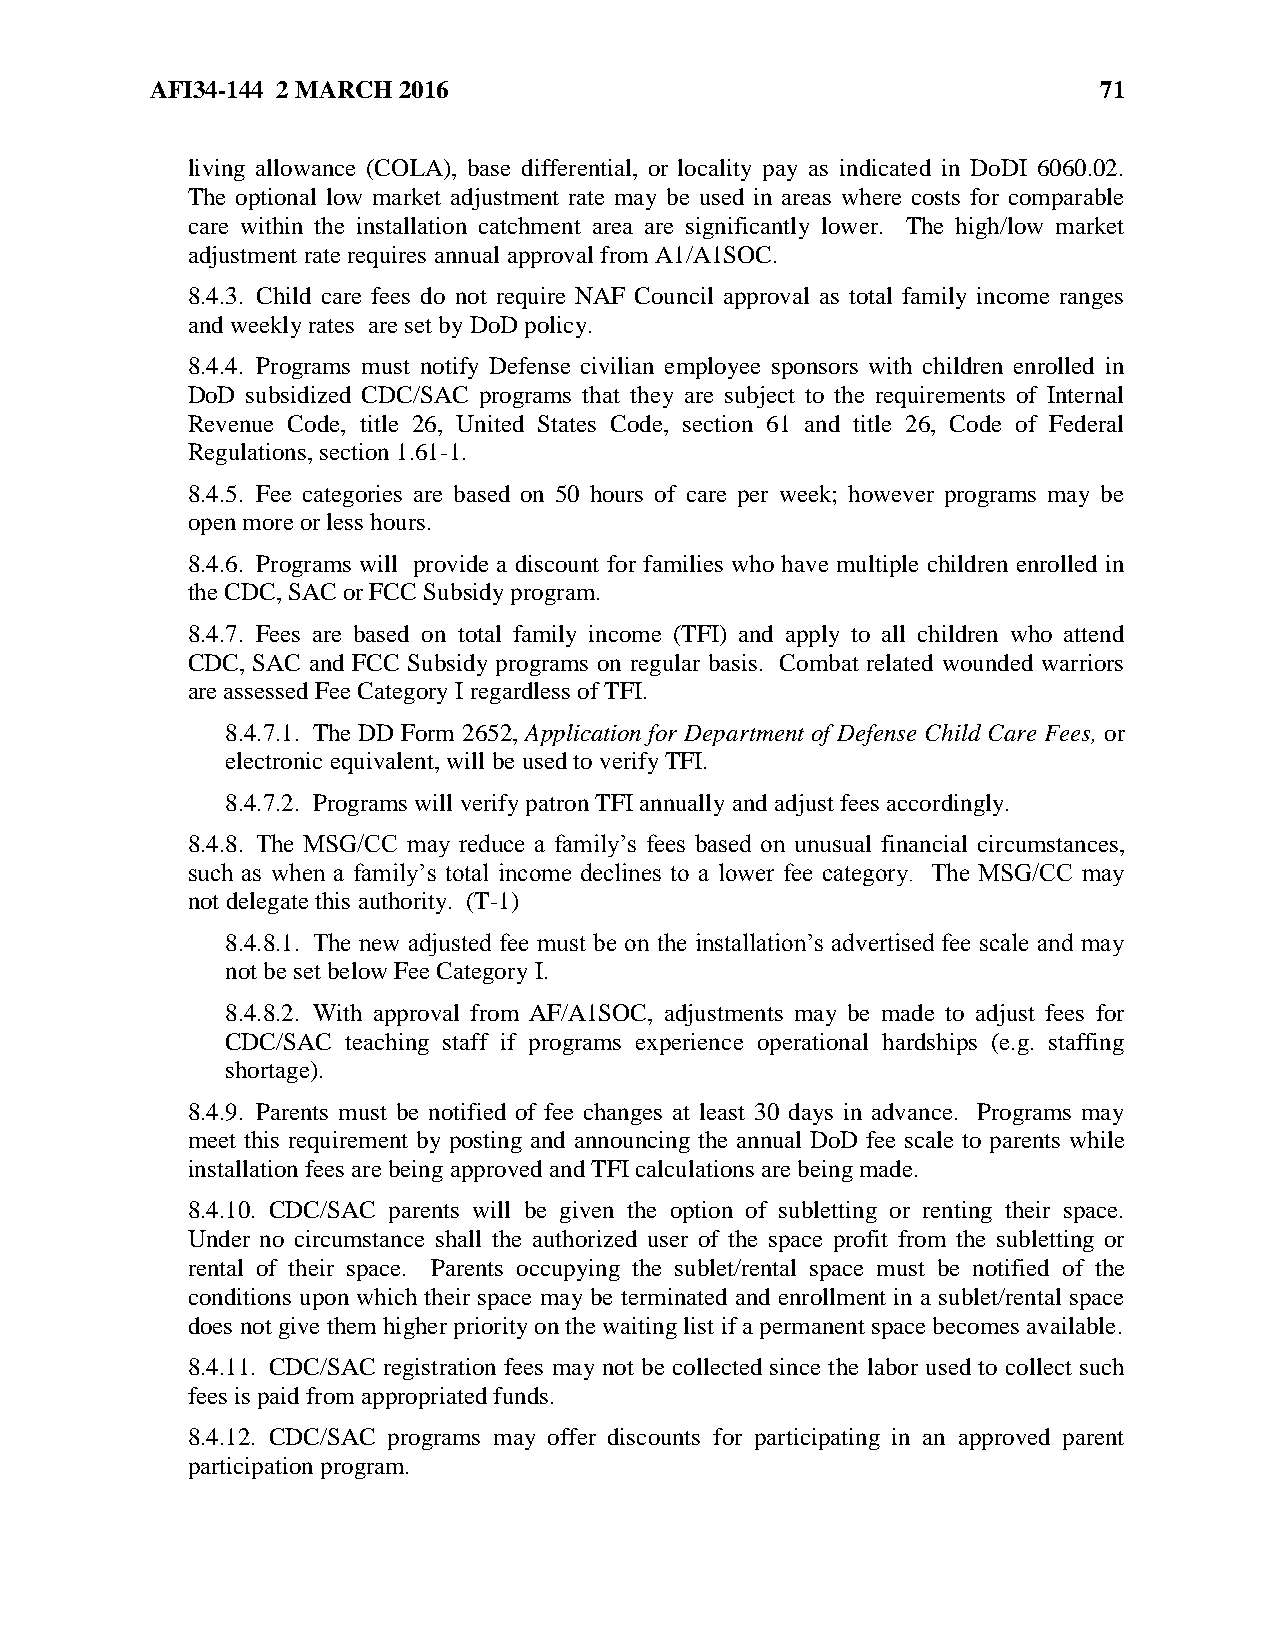
AFI34-144 2 MARCH 2016                                         71
 living allowance (COLA), base differential, or locality pay as indicated in DoDI 6060.02.
 The optional low market adjustment rate may be used in areas where costs for comparable
 care within the installation catchment area are significantly lower. The high/low market
 adjustment rate requires annual approval from A1/A1SOC.
 8.4.3. Child care fees do not require NAF Council approval as total family income ranges
 and weekly rates are set by DoD policy.
 8.4.4. Programs must notify Defense civilian employee sponsors with children enrolled in
 DoD subsidized CDC/SAC programs that they are subject to the requirements of Internal
 Revenue Code, title 26, United States Code, section 61 and title 26, Code of Federal
 Regulations, section 1.61-1.
 8.4.5. Fee categories are based on 50 hours of care per week; however programs may be
 open more or less hours.
 8.4.6. Programs will provide a discount for families who have multiple children enrolled in
 the CDC, SAC or FCC Subsidy program.
 8.4.7. Fees are based on total family income (TFI) and apply to all children who attend
 CDC, SAC and FCC Subsidy programs on regular basis. Combat related wounded warriors
 are assessed Fee Category I regardless of TFI.
 8.4.7.1. The DD Form 2652, Application for Department of Defense Child Care Fees, or
 electronic equivalent, will be used to verify TFI.
 8.4.7.2. Programs will verify patron TFI annually and adjust fees accordingly.
 8.4.8. The MSG/CC may reduce a family’s fees based on unusual financial circumstances,
 such as when a family’s total income declines to a lower fee category. The MSG/CC may
 not delegate this authority. (T-1)
 8.4.8.1. The new adjusted fee must be on the installation’s advertised fee scale and may
 not be set below Fee Category I.
 8.4.8.2. With approval from AF/A1SOC, adjustments may be made to adjust fees for
 CDC/SAC teaching staff if programs experience operational hardships (e.g. staffing
 shortage).
 8.4.9. Parents must be notified of fee changes at least 30 days in advance. Programs may
 meet this requirement by posting and announcing the annual DoD fee scale to parents while
 installation fees are being approved and TFI calculations are being made.
 8.4.10. CDC/SAC parents will be given the option of subletting or renting their space.
 Under no circumstance shall the authorized user of the space profit from the subletting or
 rental of their space. Parents occupying the sublet/rental space must be notified of the
 conditions upon which their space may be terminated and enrollment in a sublet/rental space
 does not give them higher priority on the waiting list if a permanent space becomes available.
 8.4.11. CDC/SAC registration fees may not be collected since the labor used to collect such
 fees is paid from appropriated funds.
 8.4.12. CDC/SAC programs may offer discounts for participating in an approved parent
 participation program.